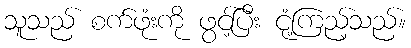
သူသည် စက်ဖုံးကို ဖွင့်ပြီး ငုံ့ကြည့်သည်။